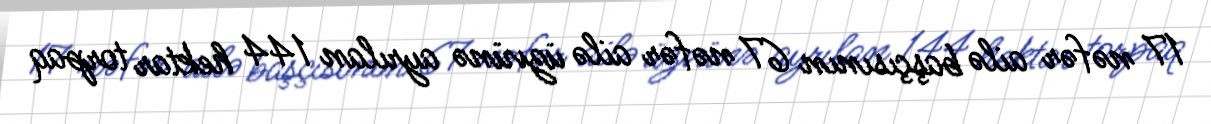
17 nəfər ailə başçısının 67 nəfər ailə üzvünə ayrılan 144 hektar torpaq